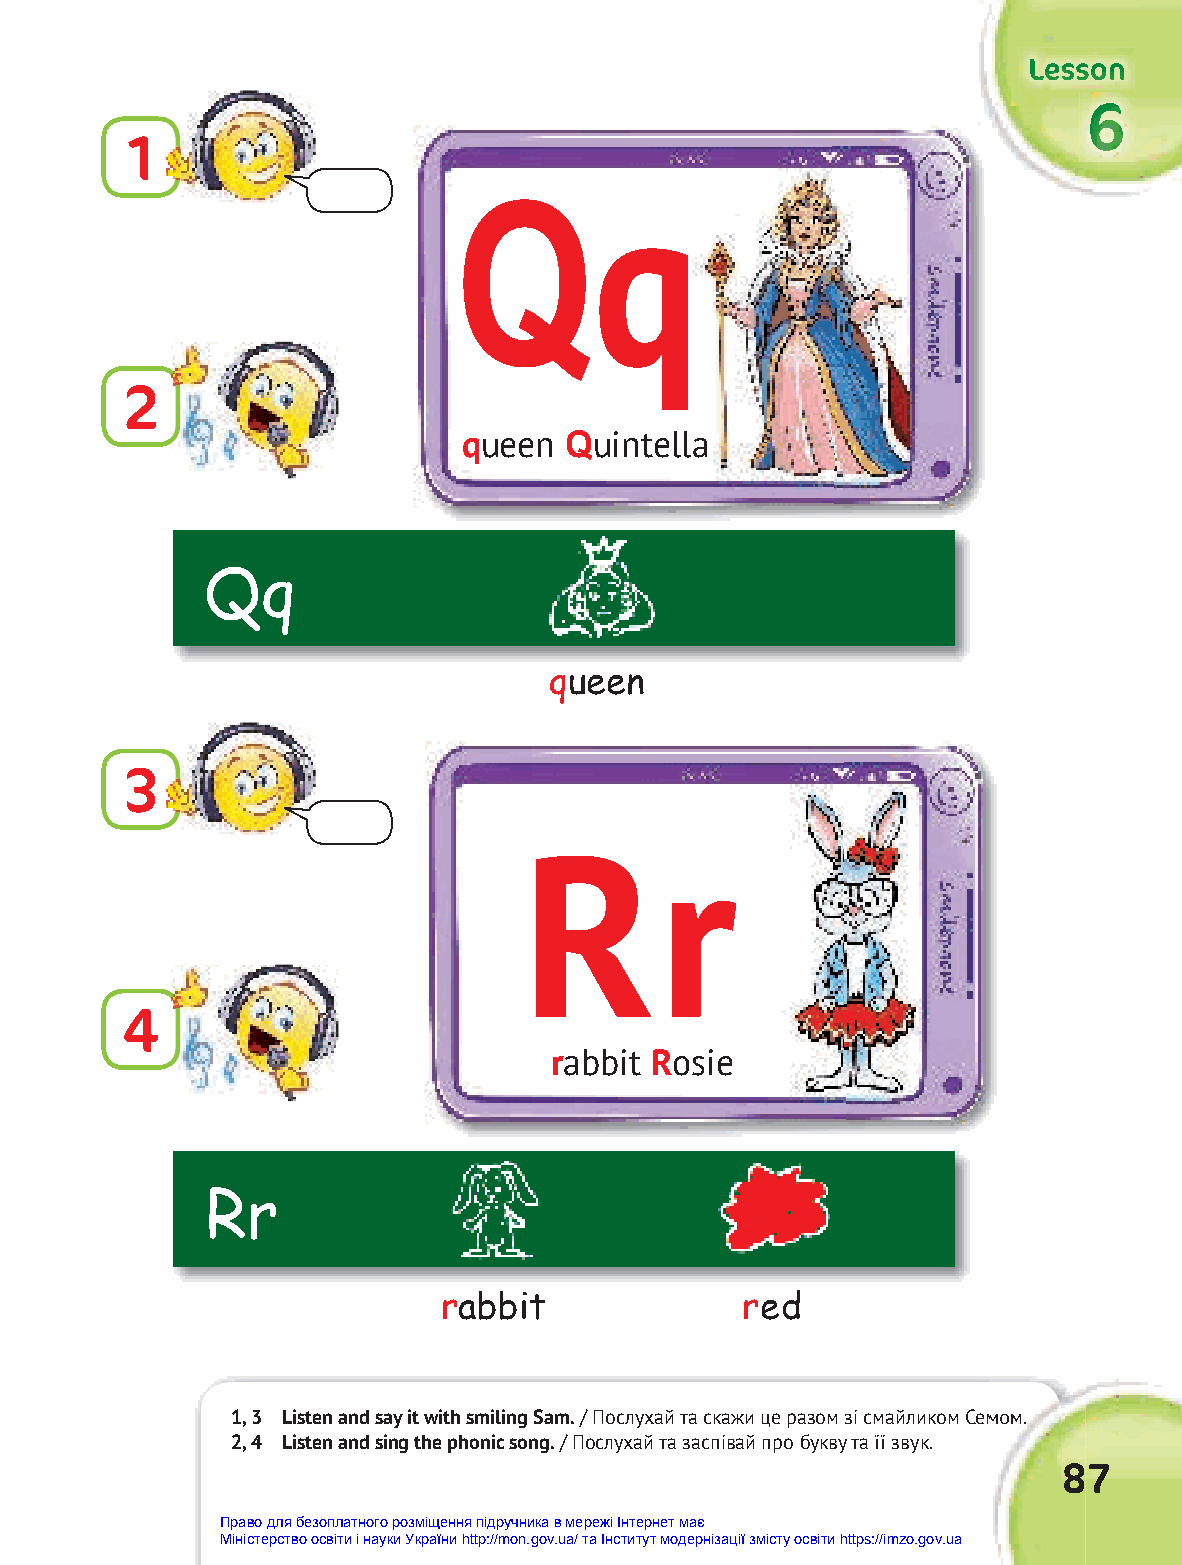
LLLeeessssssooonnn
 666
 1
 q
 Q
 2
 queen Quintella
 Qq
 queen
 3
 Rr
 4
 rabbit Rosie
 Rr
 rabbit              red
 1, 3 Listen and say it with smiling Sam. // ППооссллууххаайй ттаа ссккаажжии ццее ррааззоомм ззіі ссммааййллииккоомм ССееммоомм..
 2, 4 Listen and sing the phonic song. / Послухай та заспівай про букву та її звук.
 87
 Право для безоплатного розміщення підручника в мережі Інтернет має
 Міністерство освіти і науки України http://mon.gov.ua/ та Інститут модернізації змісту освіти https://imzo.gov.ua